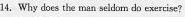
14. Why does the man seldom do exercise?